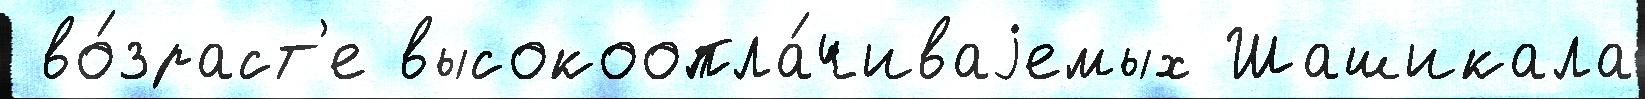
 во́зраст'е высокоопла́чиваjемых Шашикала